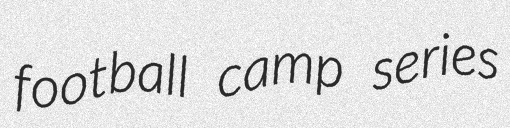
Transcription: football camp series